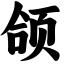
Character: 颌